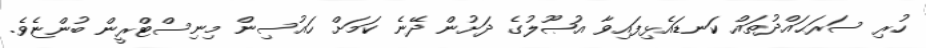
ހުރި ސަރަޙައްދުތައް ކަނޑައެޅިފައިވާ އުޞޫލުގެ ދަށުން ދޭނެ ކަމަށް ހައުސިން މިނިސްޓްރީން ބުންޏެވެ.